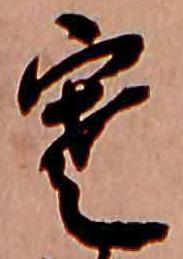
寒